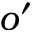
o ^ { \prime }